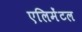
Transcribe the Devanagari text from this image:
एलिमेंटल